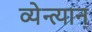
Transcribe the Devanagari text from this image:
व्येन्त्यान